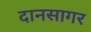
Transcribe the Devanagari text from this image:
दानसागर